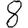
Digit: 8